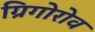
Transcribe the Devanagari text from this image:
ग्रिगोरोव